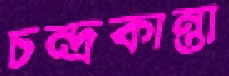
চন্দ্রকান্তা